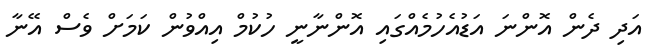
އަދި ދެން އޮންނަ އަޑުއެހުމެއްގައި އޮންނާނީ ހުކުމް އިއްވުން ކަމަށް ވެސް އޭނާ